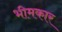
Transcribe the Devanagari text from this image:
भीमकार